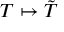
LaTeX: T \mapsto { \tilde { T } }